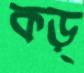
কড়্‌